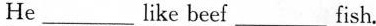
He ___ like beef___fish.